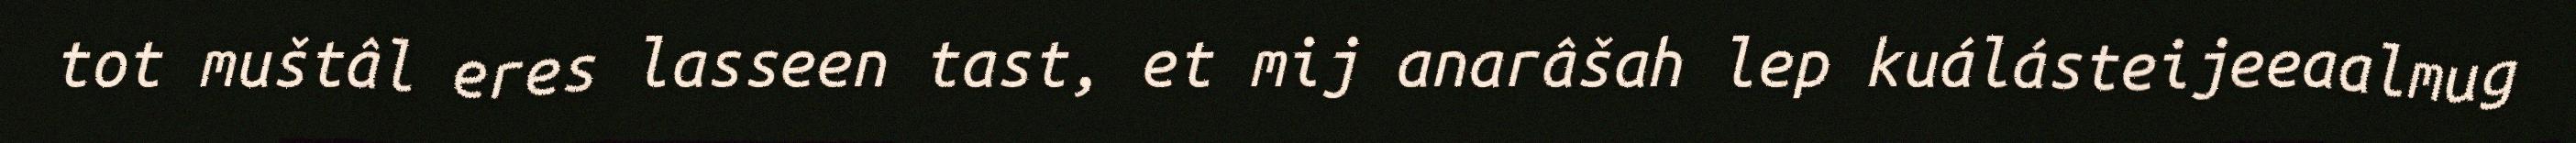
tot muštâl eres lasseen tast, et mij anarâšah lep kuálásteijeeaalmug